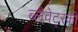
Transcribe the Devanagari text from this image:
ब्लैवेट्स्की